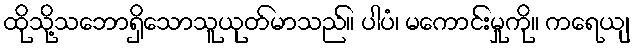
ထိုသို့သဘောရှိသောသူယုတ်မာသည်။ ပါပံ၊ မကောင်းမှုကို။ ကရေယျ